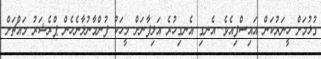
ގުޅުމަށް ހީނަރުކަން އައިސްފިއެވެ. އެނގި އެނގިހުރެ އަލިފާނަށް މީހަކު ފުންމާނުލާނެހެން ޕްރެޝަރު މައްޗަށް